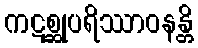
ကဋစ္ဆုပရိဿာဝနန္တိ